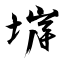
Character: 堓